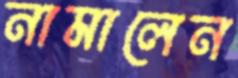
নামালেন